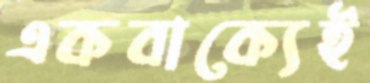
একবাক্যেই